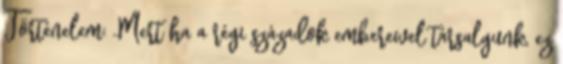
Történelem: „Mert ha a régi századok embereivel társalgunk, ez